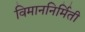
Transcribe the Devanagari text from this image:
विमाननिर्मिती